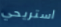
استريحي